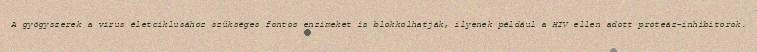
A gyógyszerek a vírus életciklusához szükséges fontos enzimeket is blokkolhatják, ilyenek például a HIV ellen adott proteáz-inhibitorok.